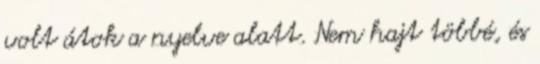
volt átok a nyelve alatt. Nem hajt többé, és